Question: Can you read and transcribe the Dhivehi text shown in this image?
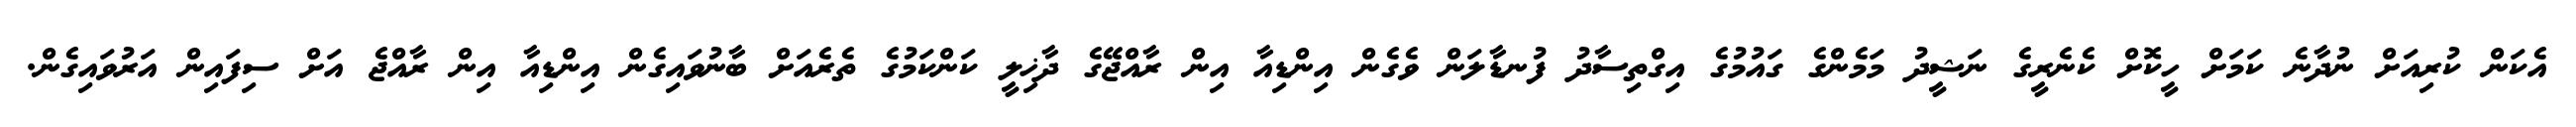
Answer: އެކަން ކުރިއަށް ނުދާނެ ކަމަށް ހީކޮށް ކެނެރީގެ ނަޝީދު މަމެންގެ ގައުމުގެ އިގްތިސާދު ފުނޑާލަން ވެގެން އިންޑިއާ އިން ރާއްޖޭގެ ދާޚިލީ ކަންކަމުގެ ތެރެއަށް ބާނުވައިގެން އިންޑިއާ އިން ރާއްޖެ އަށް ސިފައިން އަރުވައިގެން.